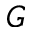
G